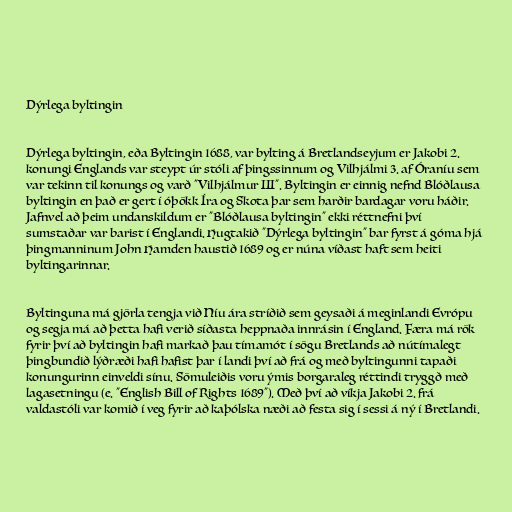
Dýrlega byltingin

Dýrlega byltingin, eða Byltingin 1688, var bylting á Bretlandseyjum er Jakobi 2.
konungi Englands var steypt úr stóli af þingssinnum og Vilhjálmi 3. af Óraníu sem
var tekinn til konungs og varð "Vilhjálmur III". Byltingin er einnig nefnd Blóðlausa
byltingin en það er gert í óþökk Íra og Skota þar sem harðir bardagar voru háðir.
Jafnvel að þeim undanskildum er "Blóðlausa byltingin" ekki réttnefni því
sumstaðar var barist í Englandi. Hugtakið "Dýrlega byltingin" bar fyrst á góma hjá
þingmanninum John Hamden haustið 1689 og er núna víðast haft sem heiti
byltingarinnar.

Byltinguna má gjörla tengja við Níu ára stríðið sem geysaði á meginlandi Evrópu
og segja má að þetta hafi verið síðasta heppnaða innrásin í England. Færa má rök
fyrir því að byltingin hafi markað þau tímamót í sögu Bretlands að nútímalegt
þingbundið lýðræði hafi hafist þar í landi því að frá og með byltingunni tapaði
konungurinn einveldi sínu. Sömuleiðis voru ýmis borgaraleg réttindi tryggð með
lagasetningu (e. "English Bill of Rights 1689"). Með því að víkja Jakobi 2. frá
valdastóli var komið í veg fyrir að kaþólska næði að festa sig í sessi á ný í Bretlandi.